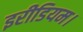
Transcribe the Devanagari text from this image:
इरीडियम।